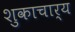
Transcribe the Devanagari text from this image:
शुकाचार्य